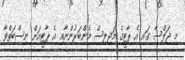
މި ޖަލްސާ ގައި އެ ޕާޓީގެ މަިޖިލިސް މެންބަރުންނާއި އެ ޕާޓީއަށް ނިސްބަތްވާ